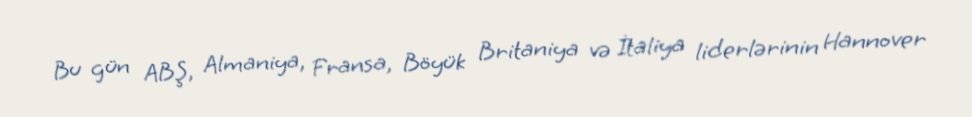
Bu gün ABŞ, Almaniya, Fransa, Böyük Britaniya və İtaliya liderlərinin Hannover